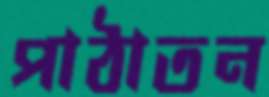
পাঠাতন